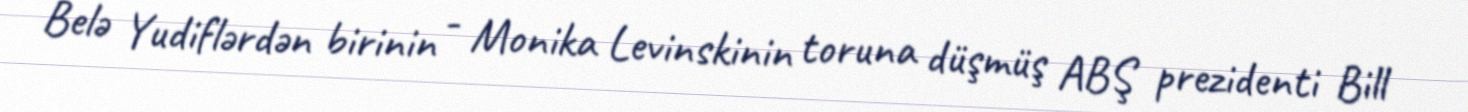
Belə Yudiflərdən birinin - Monika Levinskinin toruna düşmüş ABŞ prezidenti Bill